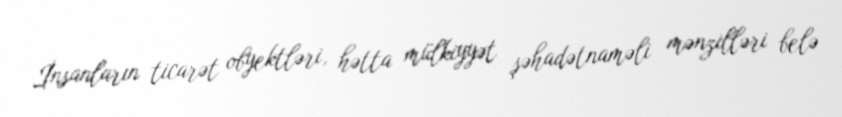
İnsanların ticarət obyektləri, hətta mülkiyyət şəhadətnaməli mənzilləri belə